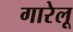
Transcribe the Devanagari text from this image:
गारेलू